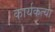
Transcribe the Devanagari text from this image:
कार्यकत्या